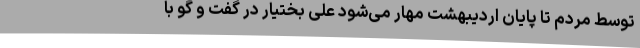
توسط مردم تا پایان اردیبهشت مهار می‌شود علی بختیار در گفت و گو با